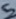
Text: 5